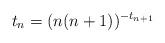
LaTeX: \begin{align*} t_{n} = (n(n+1))^{-t_{n+1}}\end{align*}